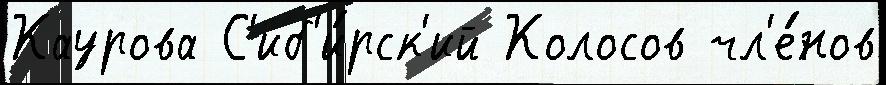
Каурова С'иб'и́рск'ий Колосов чл'е́нов